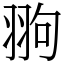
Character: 翑